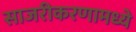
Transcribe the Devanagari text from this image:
साजरीकरणामध्ये